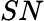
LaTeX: SN